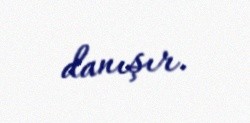
danışır.